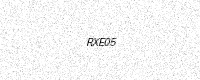
Text: RXE05